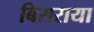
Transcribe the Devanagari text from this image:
बिसराया